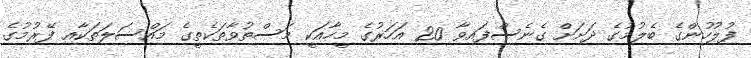
ފުލުހުންގެ ބެލުމުގެ ދަށަށް ގެނެސްފައިވާ 20 އަހަރުގެ މީހާއަކީ މަސްތުވާތަކެތީގެ މައްސަލަތަކާއި ފޭރުމުގެ